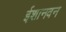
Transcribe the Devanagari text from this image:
ईशानवन